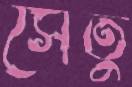
সেঁতু